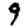
Digit: 9